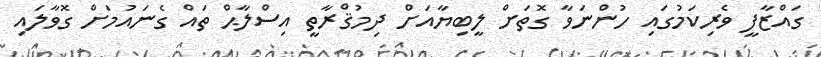
ގައްޒާފީ ވެރިކަމުގައި ހުންނަވާ ގޮތަށް ލީބިޔާއަށް ދިމުޤްރާތީ އިސްލާޙް ތައް ގެނައުމަށް ގޮވާލައި